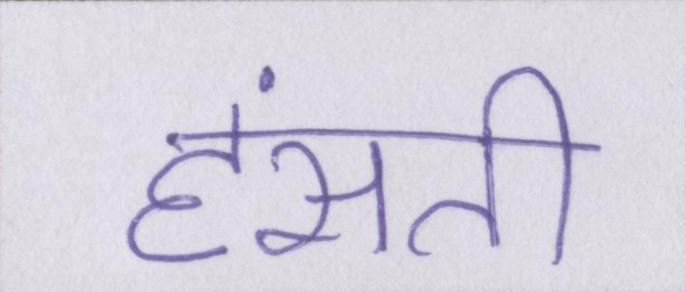
हंसती